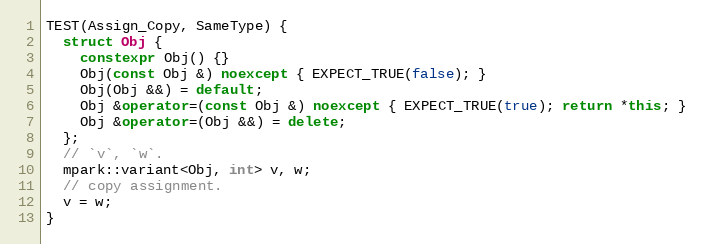
Language: C++
TEST(Assign_Copy, SameType) {
  struct Obj {
    constexpr Obj() {}
    Obj(const Obj &) noexcept { EXPECT_TRUE(false); }
    Obj(Obj &&) = default;
    Obj &operator=(const Obj &) noexcept { EXPECT_TRUE(true); return *this; }
    Obj &operator=(Obj &&) = delete;
  };
  // `v`, `w`.
  mpark::variant<Obj, int> v, w;
  // copy assignment.
  v = w;
}